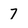
Character: 7